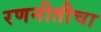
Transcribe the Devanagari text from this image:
रणनीतीचा